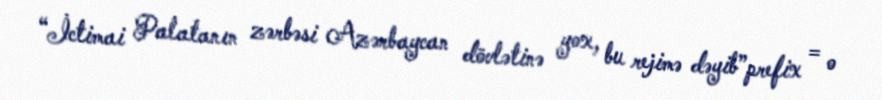
“İctimai Palatanın zərbəsi Azərbaycan dövlətinə yox, bu rejimə dəyib”prefix = o